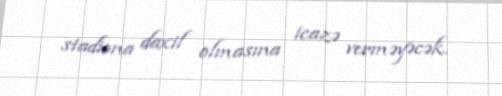
stadiona daxil olmasına icazə verməyəcək.